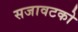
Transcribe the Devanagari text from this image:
सजावटको